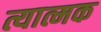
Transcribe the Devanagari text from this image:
त्यात्मक